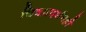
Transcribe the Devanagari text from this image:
चित्रप्रदर्शनही